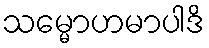
သမ္မောဟမာပါဒိ